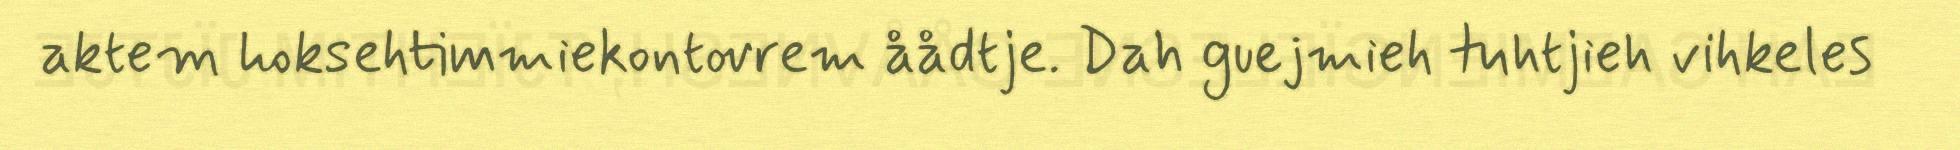
aktem hoksehtimmiekontovrem åådtje. Dah guejmieh tuhtjieh vihkeles